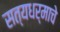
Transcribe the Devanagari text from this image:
सत्यधर्माचे